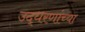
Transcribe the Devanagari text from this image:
उद्धरणांच्या